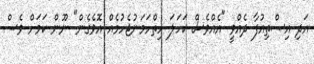
އަދި އިސްތިއުފާ ދެއްވީ "އެއްވެސް ކަހަލަ ހިތްހަމަނުޖެހުމެއް އޮވެގެން" ނޫން ކަމަށް ވެސް